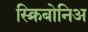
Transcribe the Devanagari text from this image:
स्क्रिबोनिअ